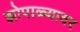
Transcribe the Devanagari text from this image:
झोपाळ्यावर